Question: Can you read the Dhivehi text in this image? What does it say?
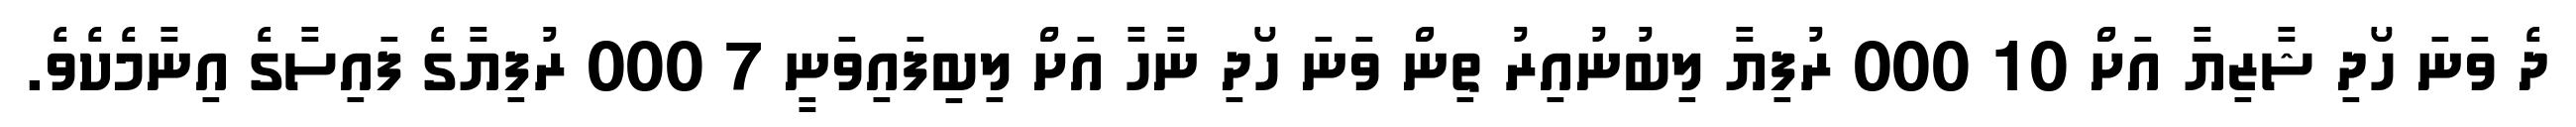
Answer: ދެ ވަނަ ހޯދި ޝާޒިޔާ އަށް 10 000 ރުފިޔާ ލިބުނުއިރު ތިން ވަނަ ހޯދި ނާހާ އަށް ލިބިފައިވަނީ 7 000 ރުފިޔާގެ ފައިސާގެ އިނާމެކެވެ.